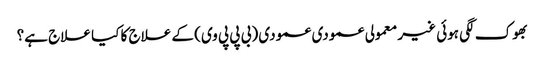
بھوک لگی ہوئی غیر معمولی عمودی عمودی (بی پی پی وی) کے علاج کا کیا علاج ہے؟